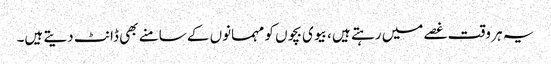
یہ ہر وقت غصے میں رہتے ہیں ، بیوی بچوں کو مہمانوں کے سامنے بھی ڈانٹ دیتے ہیں۔